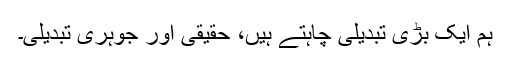
ہم ایک بڑی تبدیلی چاہتے ہیں، حقیقی اور جوہری تبدیلی۔